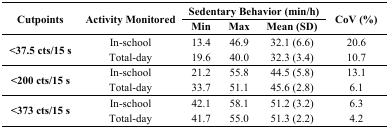
<table><thead><tr><td rowspan="2"><b>Cutpoints</b></td><td rowspan="2"><b>Activity Monitored</b></td><td colspan="3"><b>Sedentary Behavior (min/h)</b></td><td rowspan="2"><b>CoV (%)</b></td></tr><tr><td><b>Min</b></td><td><b>Max</b></td><td><b>Mean (SD)</b></td></tr></thead><tbody><tr><td rowspan="2"><b>&lt;37.5 cts/15 s</b></td><td>In-school</td><td>13.4</td><td>46.9</td><td>32.1 (6.6)</td><td>20.6</td></tr><tr><td>Total-day</td><td>19.6</td><td>40.0</td><td>32.3 (3.4)</td><td>10.7</td></tr><tr><td rowspan="2"><b>&lt;200 cts/15 s</b></td><td>In-school</td><td>21.2</td><td>55.8</td><td>44.5 (5.8)</td><td>13.1</td></tr><tr><td>Total-day</td><td>33.7</td><td>51.1</td><td>45.6 (2.8)</td><td>6.1</td></tr><tr><td rowspan="2"><b>&lt;373 cts/15 s</b></td><td>In-school</td><td>42.1</td><td>58.1</td><td>51.2 (3.2)</td><td>6.3</td></tr><tr><td>Total-day</td><td>41.7</td><td>55.0</td><td>51.3 (2.2)</td><td>4.2</td></tr></tbody></table>